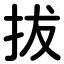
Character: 拔